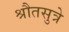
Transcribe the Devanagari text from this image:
श्रौतसुत्रे